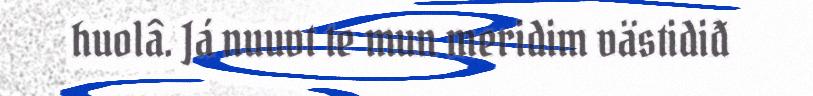
huolâ. Já nuuvt te mun meridim västidiđ